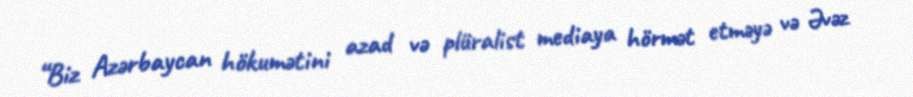
“Biz Azərbaycan hökumətini azad və plüralist mediaya hörmət etməyə və Əvəz